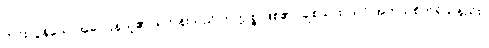
ကင်းလွန်သောအခါ ပြန်ယူ၏။ ရဟန်းသည် ကုက္ကုစ္စ ဖြစ်၏။ ချစ်သား၊ သင် အဘယ်စိတ်ရှိသနည်း။